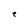
Character: t